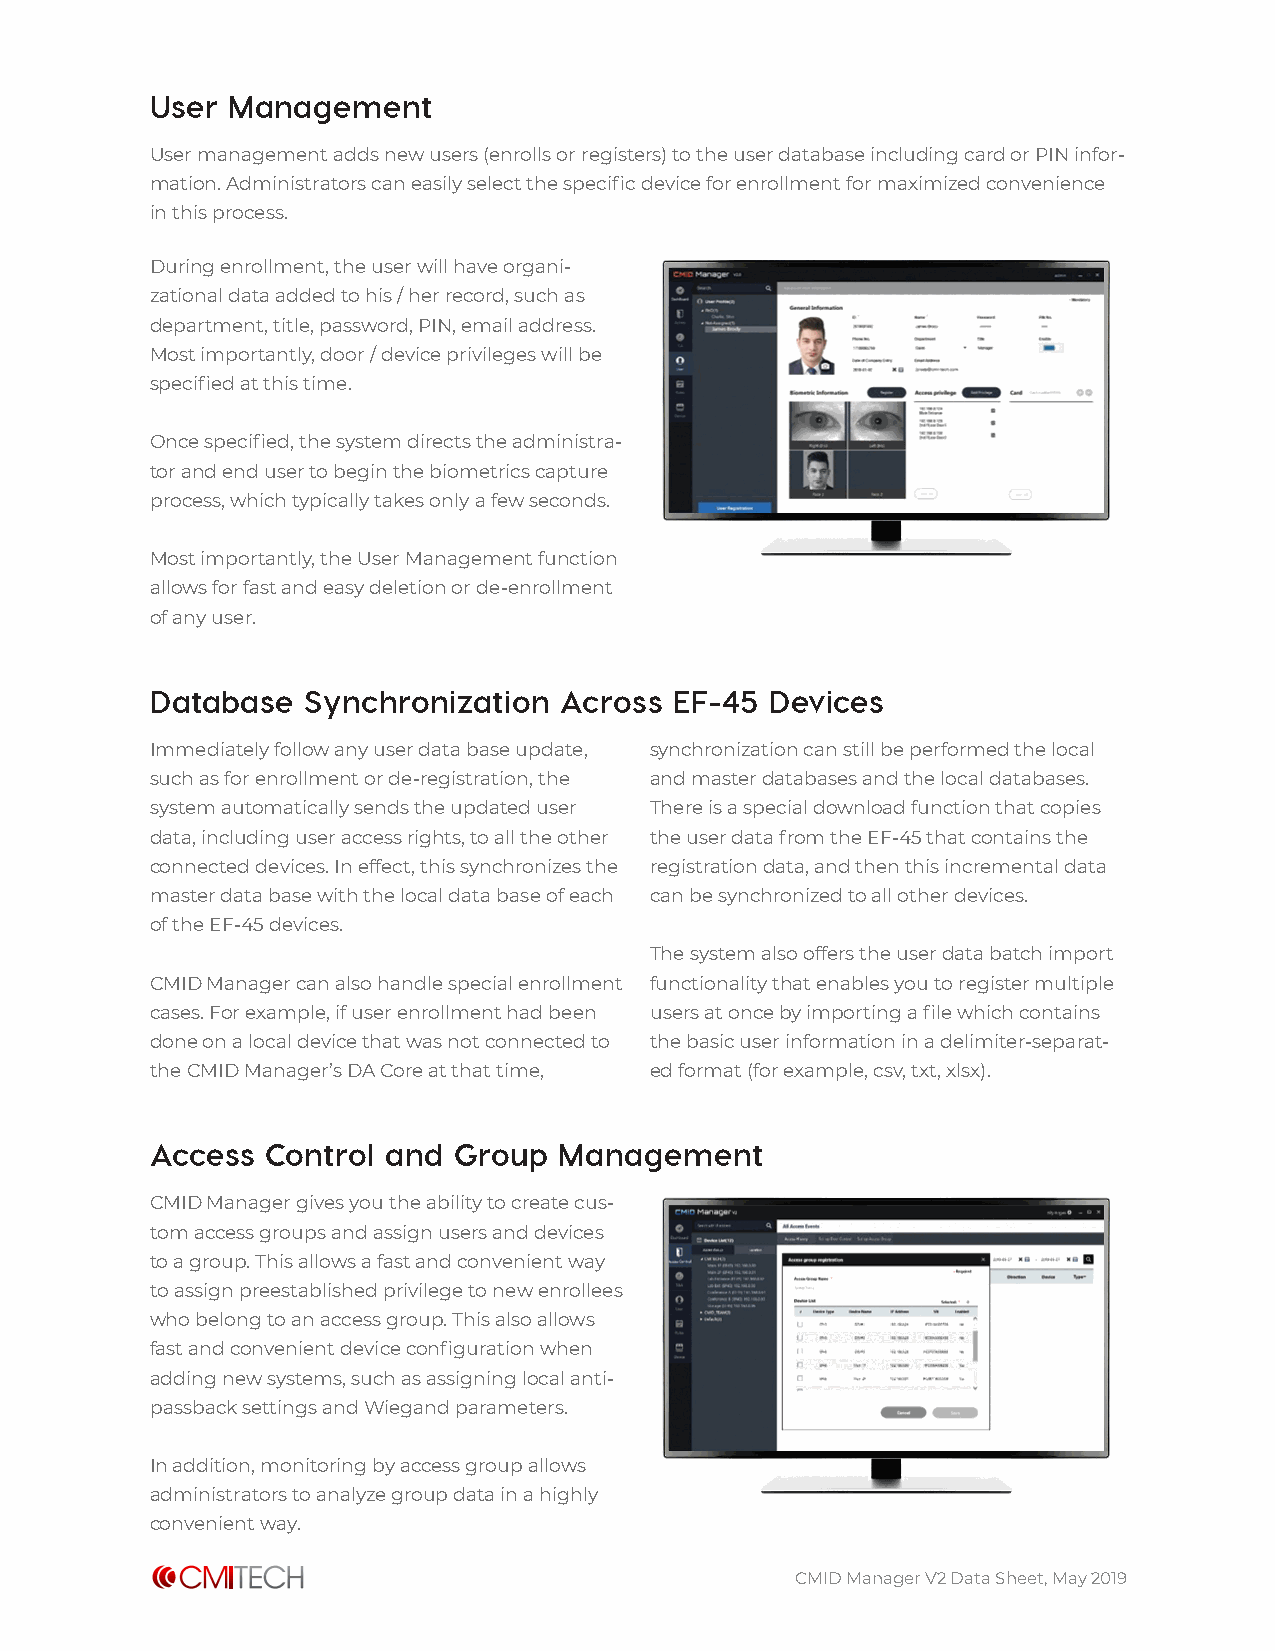
User Management
 User management adds new users (enrolls or registers) to the user database including card or PIN infor-
 mation. Administrators can easily select the specific device for enrollment for maximized convenience
 in this process.
 During enrollment, the user will have organi-
 zational data added to his / her record, such as
 department, title, password, PIN, email address.
 Most importantly, door / device privileges will be
 specified at this time.
 Once specified, the system directs the administra-
 tor and end user to begin the biometrics capture
 process, which typically takes only a few seconds.
 Most importantly, the User Management function
 allows for fast and easy deletion or de-enrollment
 of any user.
 Database  Synchronization  Across  EF-45 Devices
 Immediately follow any user data base update, synchronization can still be performed the local
 such as for enrollment or de-registration, the and master databases and the local databases.
 system automatically sends the updated user There is a special download function that copies
 data, including user access rights, to all the other the user data from the EF-45 that contains the
 connected devices. In effect, this synchronizes the registration data, and then this incremental data
 master data base with the local data base of each can be synchronized to all other devices.
 of the EF-45 devices.
 The system also offers the user data batch import
 CMID Manager can also handle special enrollment functionality that enables you to register multiple
 cases. For example, if user enrollment had been users at once by importing a file which contains
 done on a local device that was not connected to the basic user information in a delimiter-separat-
 the CMID Manager’s DA Core at that time, ed format (for example, csv, txt, xlsx).
 Access  Control and Group  Management
 CMID Manager gives you the ability to create cus-
 tom access groups and assign users and devices
 to a group. This allows a fast and convenient way
 to assign preestablished privilege to new enrollees
 who belong to an access group. This also allows
 fast and convenient device configuration when
 adding new systems, such as assigning local anti-
 passback settings and Wiegand parameters.
 In addition, monitoring by access group allows
 administrators to analyze group data in a highly
 convenient way.
 CMID Manager V2 Data Sheet, May 2019